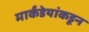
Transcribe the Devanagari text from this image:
मार्कंडेयांकडून